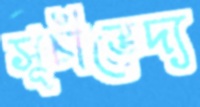
সূচীভেদ্য